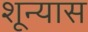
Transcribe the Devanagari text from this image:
शून्यास